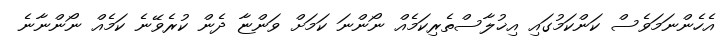
އެހެންނަމަވެސް ކަންކަމުގައި އިޚުލާސްތެރިކަމެއް ނޯންނަ ކަމަށް ވަންޏާ ދެން ކުރެވޭނެ ކަމެއް ނޯންނާނެ